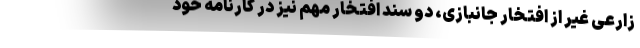
زارعی غیر از افتخار جانبازی، دو سند افتخار مهم نیز در کارنامه خود